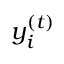
y _ { i } ^ { ( t ) }